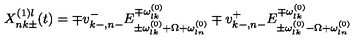
X _ { n k \pm } ^ { ( 1 ) l } ( t ) = \mp v _ { k - , n - } ^ { - } E _ { \pm \omega _ { l k } ^ { ( 0 ) } + \Omega + \omega _ { l n } ^ { ( 0 ) } } ^ { \mp \omega _ { l k } ^ { ( 0 ) } } \mp v _ { k - , n - } ^ { + } E _ { \pm \omega _ { l k } ^ { ( 0 ) } - \Omega + \omega _ { l n } ^ { ( 0 ) } } ^ { \mp \omega _ { l k } ^ { ( 0 ) } }